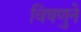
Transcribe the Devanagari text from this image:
विषणुने